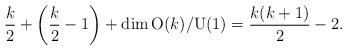
LaTeX: \begin{align*}\frac{k}{2} +\left(\frac{k}{2}-1\right) + \dim \mathrm{O}(k)/\mathrm{U}(1) = \frac{k(k+1)}{2}-2 .\end{align*}